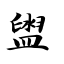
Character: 盥